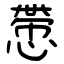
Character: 慸